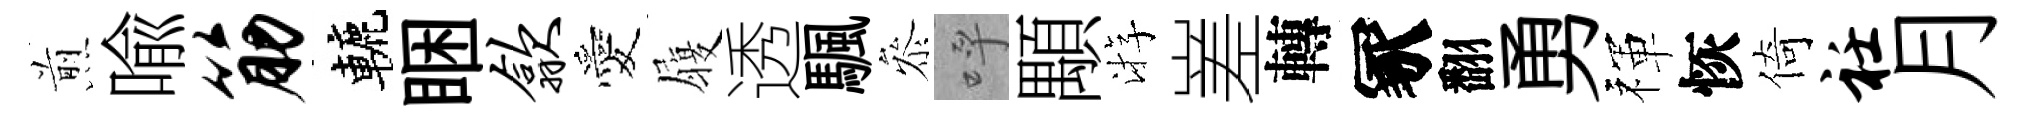
煎喩筋轆睏歙愛履透颿叅呼顒㳺嵳轉冢翻勇禈恢倚衽月